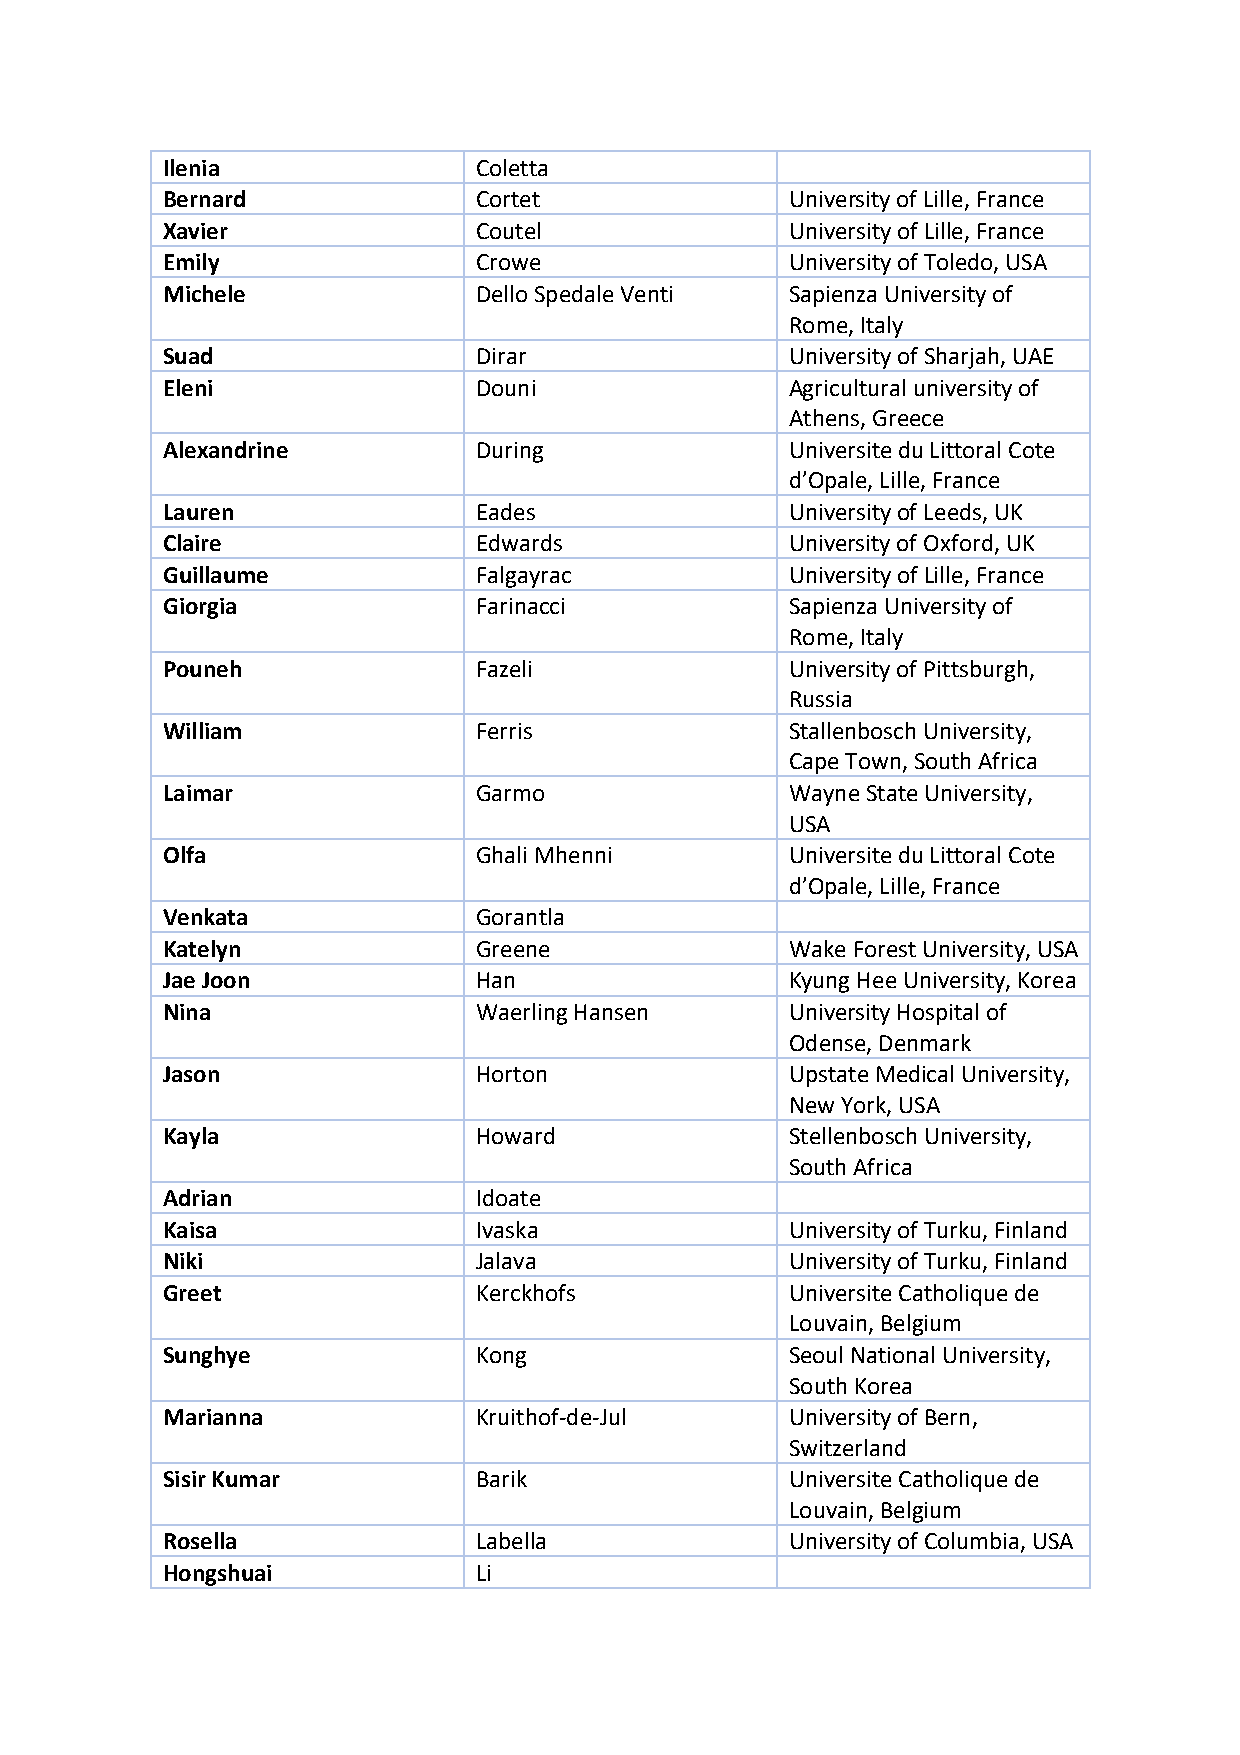
Ilenia              Coletta
 Bernard             Cortet               University of Lille, France
 Xavier              Coutel               University of Lille, France
 Emily               Crowe                University of Toledo, USA
 Michele             Dello Spedale Venti  Sapienza University of
 Rome, Italy
 Suad                Dirar                University of Sharjah, UAE
 Eleni               Douni                Agricultural university of
 Athens, Greece
 Alexandrine         During               Universite du Littoral Cote
 d’Opale, Lille, France
 Lauren              Eades                University of Leeds, UK
 Claire              Edwards              University of Oxford, UK
 Guillaume           Falgayrac            University of Lille, France
 Giorgia             Farinacci            Sapienza University of
 Rome, Italy
 Pouneh              Fazeli               University of Pittsburgh,
 Russia
 William             Ferris               Stallenbosch University,
 Cape Town, South Africa
 Laimar              Garmo                Wayne State University,
 USA
 Olfa                Ghali Mhenni         Universite du Littoral Cote
 d’Opale, Lille, France
 Venkata             Gorantla
 Katelyn             Greene               Wake Forest University, USA
 Jae Joon            Han                  Kyung Hee University, Korea
 Nina                Waerling Hansen      University Hospital of
 Odense, Denmark
 Jason               Horton               Upstate Medical University,
 New York, USA
 Kayla               Howard               Stellenbosch University,
 South Africa
 Adrian              Idoate
 Kaisa               Ivaska               University of Turku, Finland
 Niki                Jalava               University of Turku, Finland
 Greet               Kerckhofs            Universite Catholique de
 Louvain, Belgium
 Sunghye             Kong                 Seoul National University,
 South Korea
 Marianna            Kruithof-de-Jul      University of Bern,
 Switzerland
 Sisir Kumar         Barik                Universite Catholique de
 Louvain, Belgium
 Rosella             Labella              University of Columbia, USA
 Hongshuai           Li